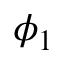
\phi _ { 1 }